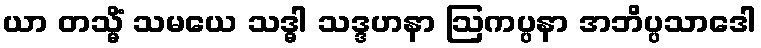
ယာ တသ္မိံ သမယေ သဒ္ဓါ သဒ္ဒဟနာ ဩကပ္ပနာ အဘိပ္ပသာဒေါ